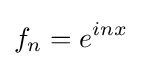
f_{n}=e^{inx}